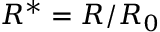
{ R ^ { * } } = R / { R _ { 0 } }